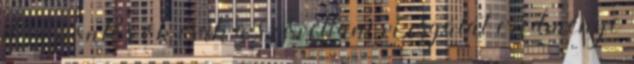
de a pontos ok csak a szövettani vizsgálat eredménye